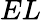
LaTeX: EL